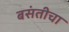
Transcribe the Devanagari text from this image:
बसंतीचा